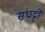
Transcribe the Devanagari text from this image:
संघट्टों